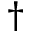
\dagger